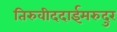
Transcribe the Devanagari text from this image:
तिरुवीददाईमरुदुर